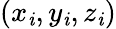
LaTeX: (x_{\mathit{i}},y_{\mathit{i}},z_{\mathit{i}})